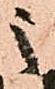
之